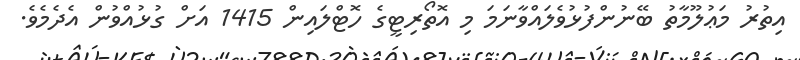
އިތުރު މަޢުލޫމާތު ބޭނުންފުޅުވެލައްވާނަމަ މި އޮތޯރިޓީގެ ހޮޓްލައިން 1415 އަށް ގުޅުއްވުން އެދެމެވެ.